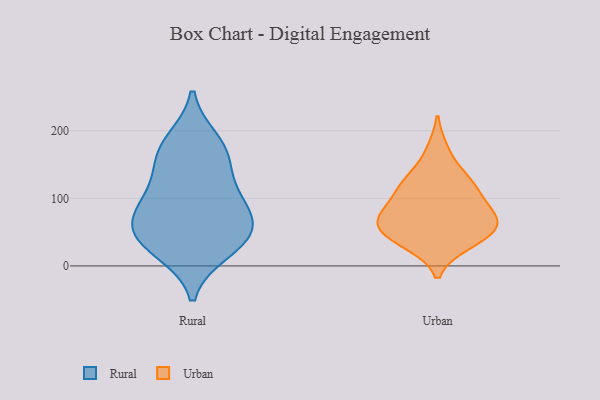
{"axis": {"x": "Waste Production (Tons)", "y": "Value"}, "legend": ["Rural", "Urban"], "data": [{"x": "", "y": 167, "type": "Rural"}, {"x": "", "y": 184, "type": "Rural"}, {"x": "", "y": 51, "type": "Rural"}, {"x": "", "y": 47, "type": "Rural"}, {"x": "", "y": 160, "type": "Rural"}, {"x": "", "y": 23, "type": "Rural"}, {"x": "", "y": 114, "type": "Rural"}, {"x": "", "y": 81, "type": "Rural"}, {"x": "", "y": 100, "type": "Rural"}, {"x": "", "y": 66, "type": "Rural"}, {"x": "", "y": 34, "type": "Rural"}, {"x": "", "y": 35, "type": "Urban"}, {"x": "", "y": 99, "type": "Urban"}, {"x": "", "y": 72, "type": "Urban"}, {"x": "", "y": 45, "type": "Urban"}, {"x": "", "y": 121, "type": "Urban"}, {"x": "", "y": 171, "type": "Urban"}, {"x": "", "y": 126, "type": "Urban"}, {"x": "", "y": 126, "type": "Urban"}, {"x": "", "y": 68, "type": "Urban"}, {"x": "", "y": 66, "type": "Urban"}, {"x": "", "y": 54, "type": "Urban"}, {"x": "", "y": 91, "type": "Urban"}, {"x": "", "y": 33, "type": "Urban"}, {"x": "", "y": 66, "type": "Urban"}]}